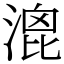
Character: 𣹮